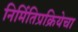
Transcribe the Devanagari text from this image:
निर्मितिप्रक्रियेचा